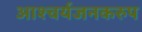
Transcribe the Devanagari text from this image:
आश्चर्यजनकरुप